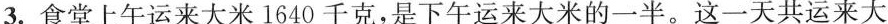
3.食堂上午运来大米1640千克，是下午运来大米的一半。这一天共运来大